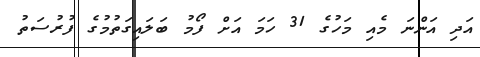
އަދި އަންނަ މެއި މަހުގެ 31 ހަމަ އަށް ފޯމު ބަލައިގަތުމުގެ ފުރުސަތު